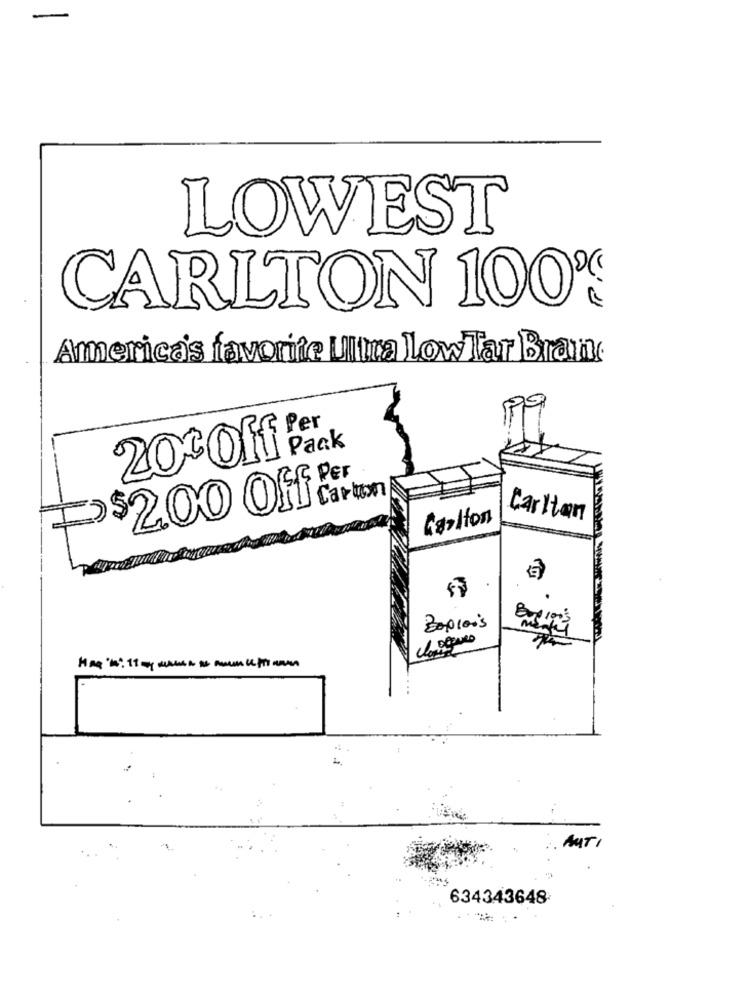
-
LOWEST
CARLTON 100%
America's favorite Ultra lowlar Bran.
f Per
Pack
20%Off
$2,00 Off.Fr
Carton
Carlton
Carlton
白
Zaprois
AUTI
634343648